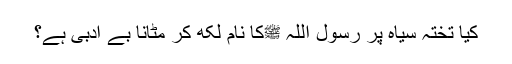
کیا تختہ سیاہ پر رسول اللہ ﷺکا نام لکھ کر مٹانا بے ادبی ہے؟